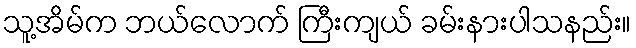
သူ့အိမ်က ဘယ်လောက် ကြီးကျယ် ခမ်းနားပါသနည်း။